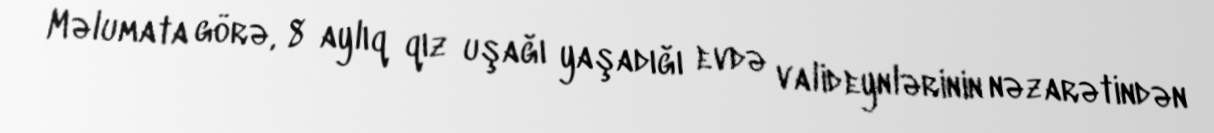
Məlumata görə, 8 aylıq qız uşağı yaşadığı evdə valideynlərinin nəzarətindən